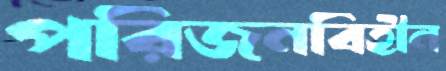
পরিজনবিহীন